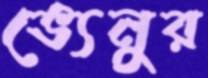
ভ্যেনুর